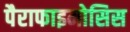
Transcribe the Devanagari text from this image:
पैराफाइमोसिस